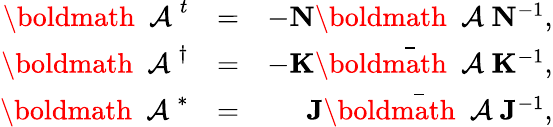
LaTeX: \begin{array}{rlr}{\mathrm{\boldmath~{\cal~A}~}^{t}}&{=}&{-{\mathbf N}\mathrm{\boldmath~{\cal~A}~}{\mathbf N}^{-1},}\\ {\mathrm{\boldmath~{\cal~A}~}^{\dagger}}&{=}&{-{\mathbf K}{\, \, \, \bar{\mathrm{\! \! \! \boldmath~{\cal~A}~}}}{\mathbf K}^{-1},}\\ {\mathrm{\boldmath~{\cal~A}~}^{*}}&{=}&{{\mathbf J}{\, \, \, \bar{\mathrm{\! \! \! \boldmath~{\cal~A}~}}}{\mathbf J}^{-1},}\end{array}